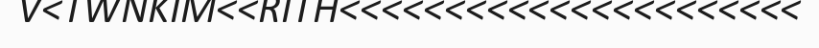
V<TWNKIM<<RITH<<<<<<<<<<<<<<<<<<<<<<